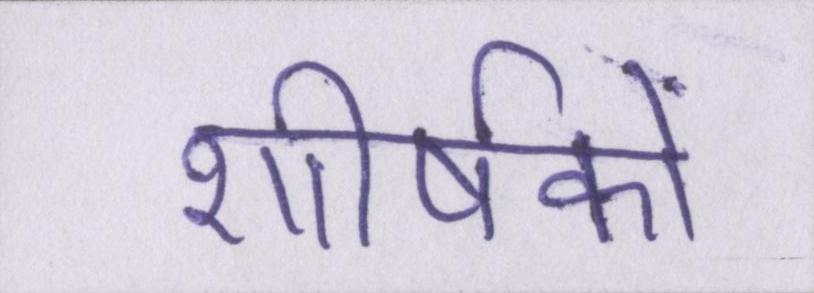
शीर्षकों